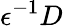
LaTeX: \epsilon^{-1}D